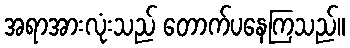
အရာအားလုံးသည် တောက်ပနေကြသည်။